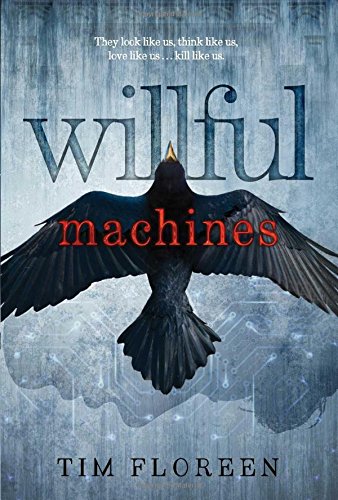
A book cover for Willful Machines; Tim Floreen; Literature & Fiction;